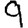
Digit: 9